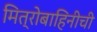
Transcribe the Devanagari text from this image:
मित्रोबाहिनीची